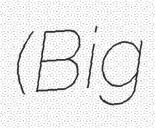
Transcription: (Big